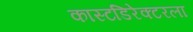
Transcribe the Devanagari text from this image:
कास्टडिरेक्टरला